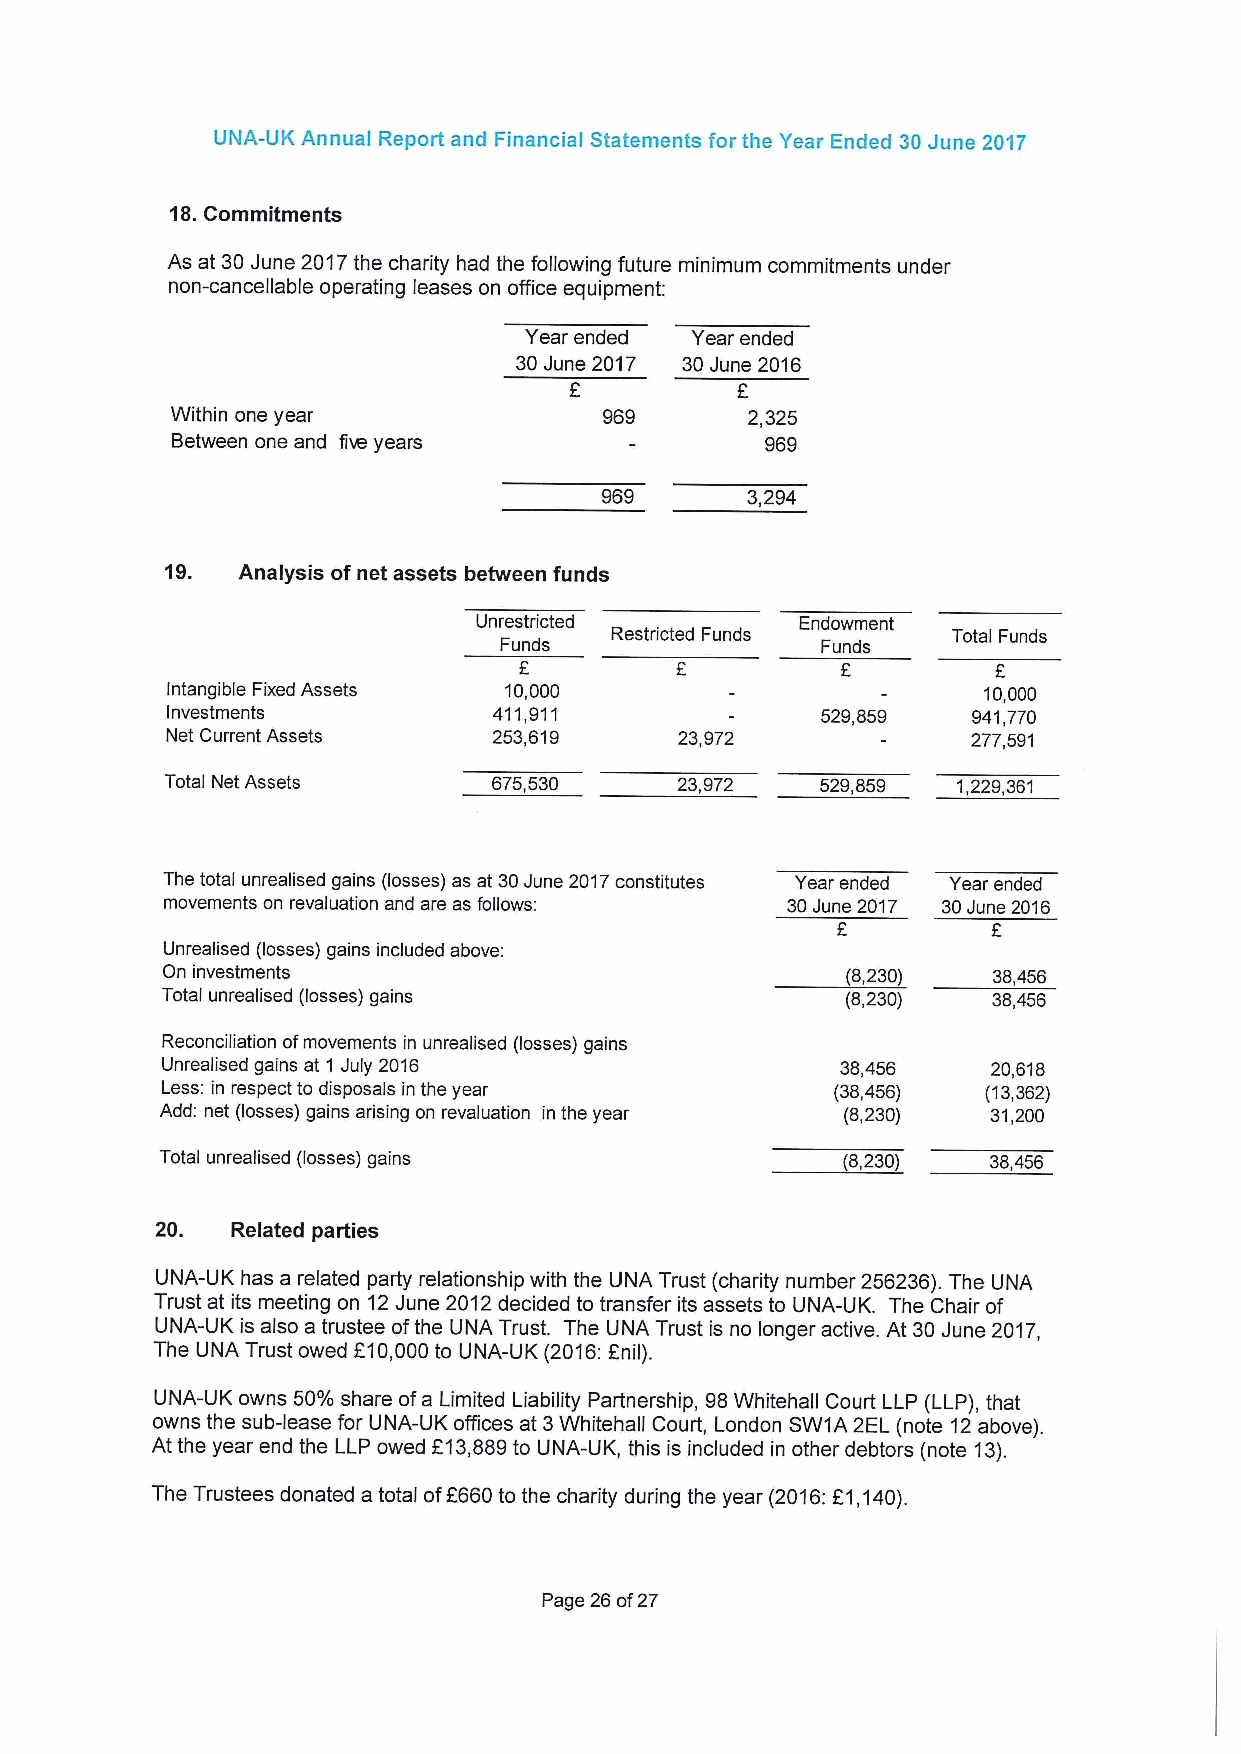
UNA-UK Annual Report and Financial Statements for the Year Ended 30June 2017
 18.Commitments
 As at 30June 2017the charity had the following future minimum commitments under
 non-cancellable operating leases on office equipment:
 Year ended Year ended
 30June 2017 30June 2016
 E
 Within one year              969      2,325
 Between one and five years              969
 969      3,294
 19.  Analysis ofnet assets between funds
 Unrestricted         Endowment
 Restricted Funds       Total Funds
 Funds                Funds
 F
 Intangible Fixed Assets 10,000                        10,000
 Investments           411,911              529,859   941,770
 Net Current Assets    253,619     23,972             277,591
 Total Net Assets      675,530     23,972   529,859  1,229,361
 The total unrealised gains (losses) as at 30June 2017constitutes Year ended Year ended
 movements on revaluation and are as follows: 30June 2017 30June 2016
 Unrealised (losses) gains included above:
 On investments                               (8,230)   38,456
 Total unrealised (losses) gains              (8,230)   38,456
 Reconciliation ofmovements in unrealised (losses) gains
 Unrealised gains at 1 July 2016              38,456    20,618
 Less: in respect to disposals in the year   (38,456)  (13,362)
 Add: net (losses) gains arising on revaluation in the year (8,230) 31,200
 Total unrealised (losses) gains              (8,230)  38,456
 20.  Related parties
 UNA-UK has a related party relationship with the UNA Trust (charity number 256236).The UNA
 Trust at its meeting on 12June 2012decided to transfer its assets to UNA-UK. The Chair of
 UNA-UK is also a trustee ofthe UNA Trust. The UNA Trust is no longer active. At 30June 2017,
 The UNA Trust owed f10,000to UNA-UK (2016:anil).
 UNA-UK owns 50%share ofa Limited Liability Partnership, 98Whitehall Court LLP (LLP), that
 owns the sub-lease for UNA-UK offices at 3Whitehall Court, London SW1A 2EL (note 12above).
 At the year end the LLP owed 613,889to UNA-UK, this is included in other debtors (note 13).
 The Trustees donated a total off660 to the charity during the year (2016:E1,140).
 Page 26of27